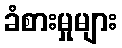
ခံစားမှုများ